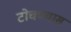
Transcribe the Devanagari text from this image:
टोचण्यास